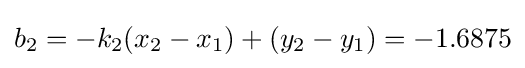
b_{2}=-k_{2}(x_{2}-x_{1})+(y_{2}-y_{1})=-1.6875